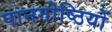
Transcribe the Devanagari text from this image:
पानगोष्ठियों